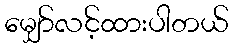
မျှော်လင့်ထားပါတယ်